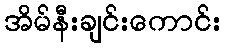
အိမ်နီးချင်းကောင်း